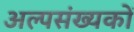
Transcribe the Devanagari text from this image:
अल्पसंख्‍यकों